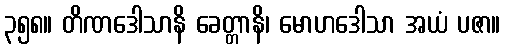
၃၅၈။ တိဏဒေါသာနိ ခေတ္တာနိ၊ မောဟဒေါသာ အယံ ပဇာ။